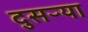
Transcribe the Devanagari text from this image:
दुसऱ्या